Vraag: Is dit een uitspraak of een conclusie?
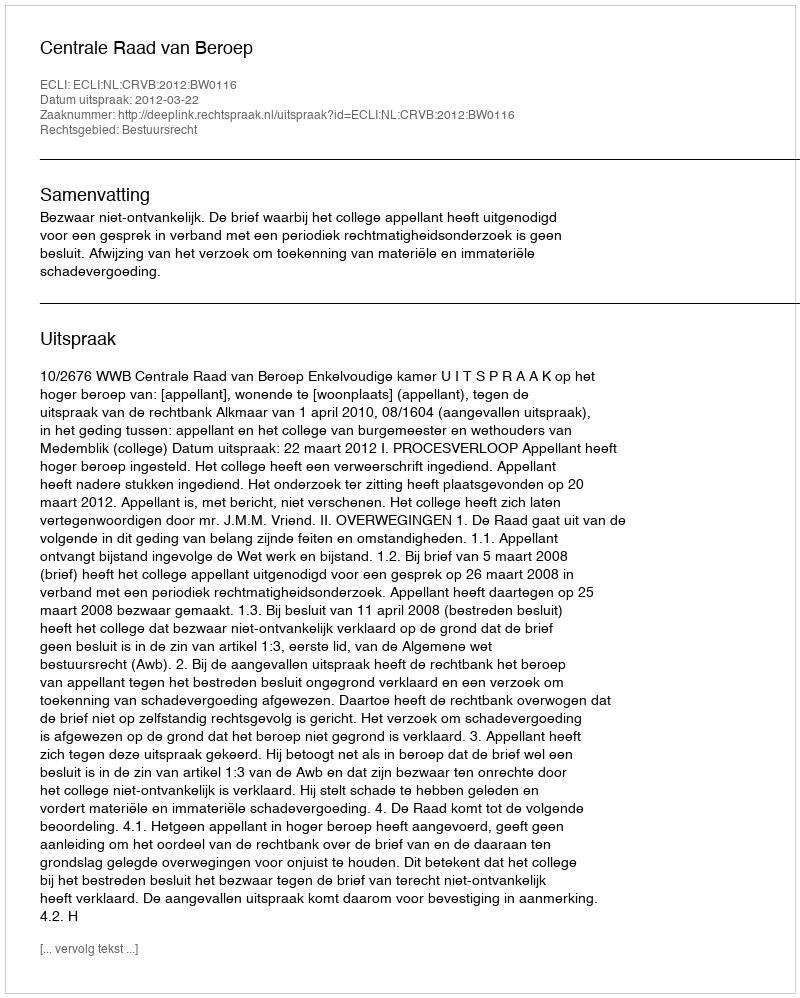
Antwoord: Uitspraak